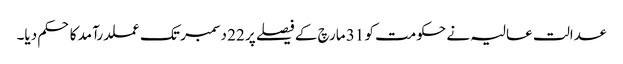
عدالت عالیہ نے حکومت کو 31 مارچ کے فیصلے پر 22 دسمبر تک عملدرآمد کا حکم دیا۔